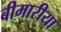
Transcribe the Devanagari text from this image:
बीमारीया